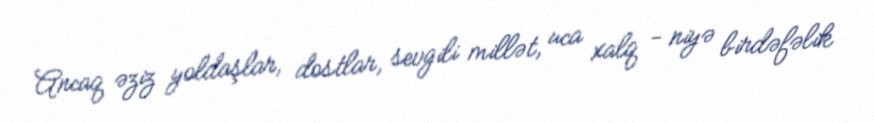
Ancaq əziz yoldaşlar, dostlar, sevgili millət, uca xalq - niyə birdəfəlik